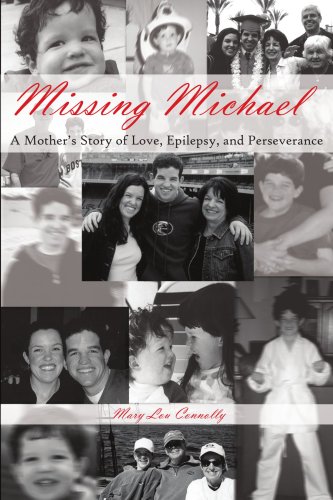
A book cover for Missing Michael: A Mother's Story of Love, Epilepsy, and Perseverance; Mary Lou Connolly; Health, Fitness & Dieting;